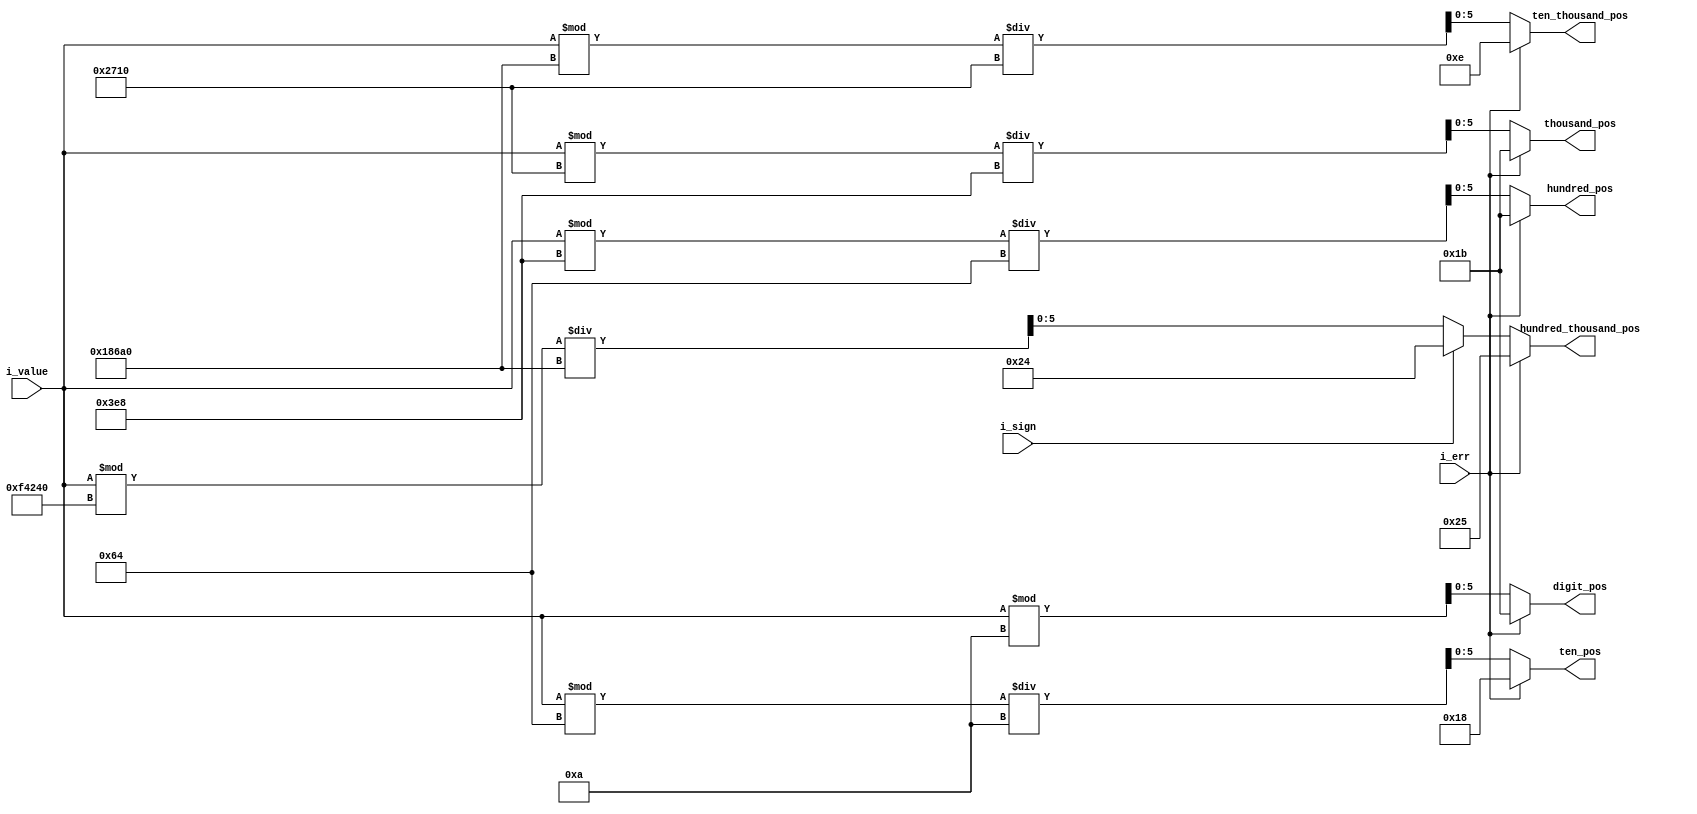
module digit_separator(
input [39:0] i_value,
input i_sign,
input i_err,
output reg [5:0] digit_pos, 
output reg [5:0] ten_pos, 
output reg [5:0] hundred_pos,
output reg [5:0] thousand_pos,
output reg [5:0] ten_thousand_pos,
output reg [5:0] hundred_thousand_pos
);


always @ ( * )
	begin
		if( i_err )
			begin
				digit_pos	 					= 6'h1B; //R
				ten_pos		 					= 6'h18; //O
				hundred_pos 					= 6'h1B; //R
				thousand_pos					= 6'h1B; //R
				ten_thousand_pos				= 6'hE; //E
				hundred_thousand_pos 		= 6'h25; //	CLOSE
			end
		else
			begin
				if( i_sign )
					begin
						hundred_thousand_pos = 6'h24;
					end
				else
					begin
						hundred_thousand_pos = ( i_value % 40'd1000000 )/ 40'd100000;
					end
				digit_pos = i_value % 40'd10;
				ten_pos = ( i_value % 40'd100 )/ 40'd10;
				hundred_pos = ( i_value % 40'd1000 )/100;
				thousand_pos = ( i_value % 40'd10000 )/ 40'd1000;
				ten_thousand_pos = (i_value % 40'd100000)/ 40'd10000;
				
			end
	end
endmodule